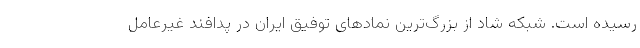
رسیده است. شبکه شاد از بزرگ‌ترین نمادهای توفیق ایران در پدافند غیرعامل